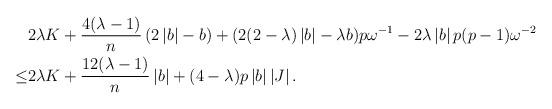
LaTeX: \begin{align*}&2\lambda K+\frac{4(\lambda-1)}{n}\left(2\left\vert b\right\vert-b\right)+(2(2-\lambda)\left\vert b \right\vert-\lambda b)p\omega^{-1}-2\lambda\left\vert b\right\vert p(p-1)\omega^{-2} \\\leq & 2\lambda K+\frac{12(\lambda-1)}{n}\left\vert b\right\vert+(4-\lambda)p\left\vert b\right\vert \left\vert J\right\vert.\end{align*}